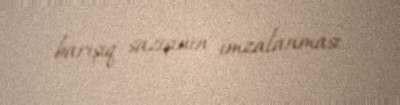
barışıq sazışının imzalanması.